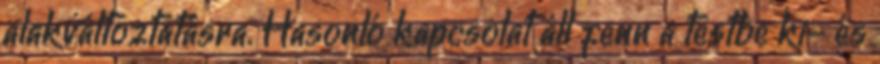
alakváltoztatásra. Hasonló kapcsolat áll fenn a testbe ki- és